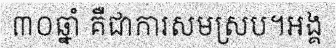
៣០ឆ្នាំ គឺជាការសមស្រប។អង្គ